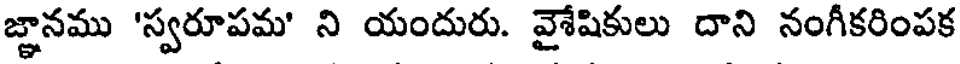
జ్ఞానము 'స్వరూపమ' ని యందురు. వైశేషికులు దాని నంగీకరింపక